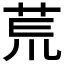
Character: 𫟎